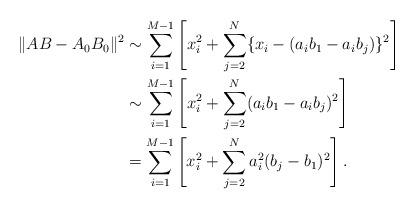
LaTeX: \begin{align*}\lVert AB-A_0 B_0 \rVert^2 &\sim \sum_{i=1}^{M-1} \left[ x_i^2 + \sum_{j=2}^{N} \{x_i-(a_i b_1-a_i b_j)\}^2 \right] \\&\sim \sum_{i=1}^{M-1} \left[ x_i^2 + \sum_{j=2}^{N} (a_i b_1-a_i b_j)^2 \right] \\&= \sum_{i=1}^{M-1} \left[ x_i^2 + \sum_{j=2}^{N} a_i^2(b_j-b_1)^2 \right].\end{align*}